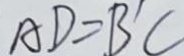
A D = B ^ { \prime } C